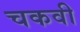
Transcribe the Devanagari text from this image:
चकवी